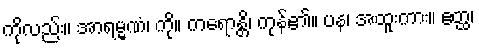
ကိုလည်း။ အာရမ္မဏံ၊ ကို။ ကရောန္တိ၊ ကုန်၏။ ပန၊ အထူးကား။ ဧတ္ထ၊